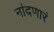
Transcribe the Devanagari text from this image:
नांदणारं